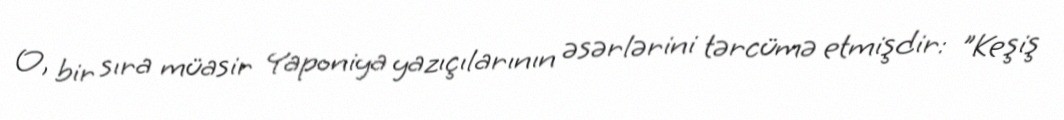
O, bir sıra müasir Yaponiya yazıçılarının əsərlərini tərcümə etmişdir: "Keşiş